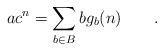
LaTeX: \begin{align*} a c^n = \sum_{b \in B} b g_b(n) \qquad. \end{align*}